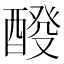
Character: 𨡩